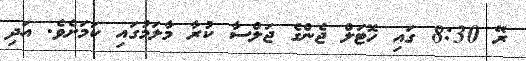
ރޭ 8:30 ގައި ހޮޓަލް ޖެންގެ ޖަލްސާ ކުރާ މާލަމުގައި ކަމަށެވެ. އަދި